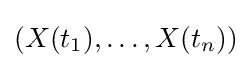
\left(X(t_{1}),\ldots ,X(t_{n})\right)